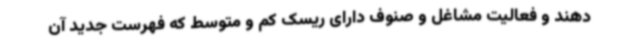
دهند و فعالیت مشاغل و ‌صنوف دارای ریسک کم و متوسط که فهرست جدید آن